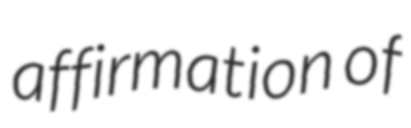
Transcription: affirmation of